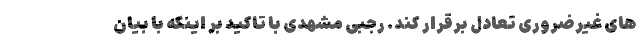
های غیرضروری تعادل برقرار کند. رجبی مشهدی با تاکید بر اینکه با بیان